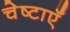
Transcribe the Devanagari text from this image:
चेष्टाएॅं